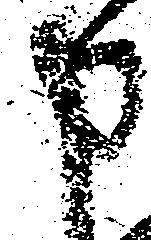
申